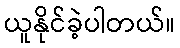
ယူနိုင်ခဲ့ပါတယ်။